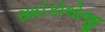
સાઈકોલોજી